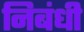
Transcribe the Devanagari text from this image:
निबंधी